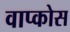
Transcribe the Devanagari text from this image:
वाप्कोस